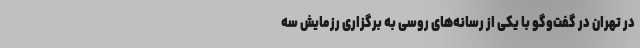
در تهران در گفت‌‌وگو با یکی از رسانه‌های روسی به برگزاری رزمایش سه